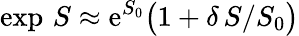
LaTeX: \exp\, S\approx\mathrm{e}^{S_{0}}\big(1+\delta\, S/S_{0}\big)